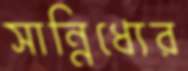
সান্নিধ্যের